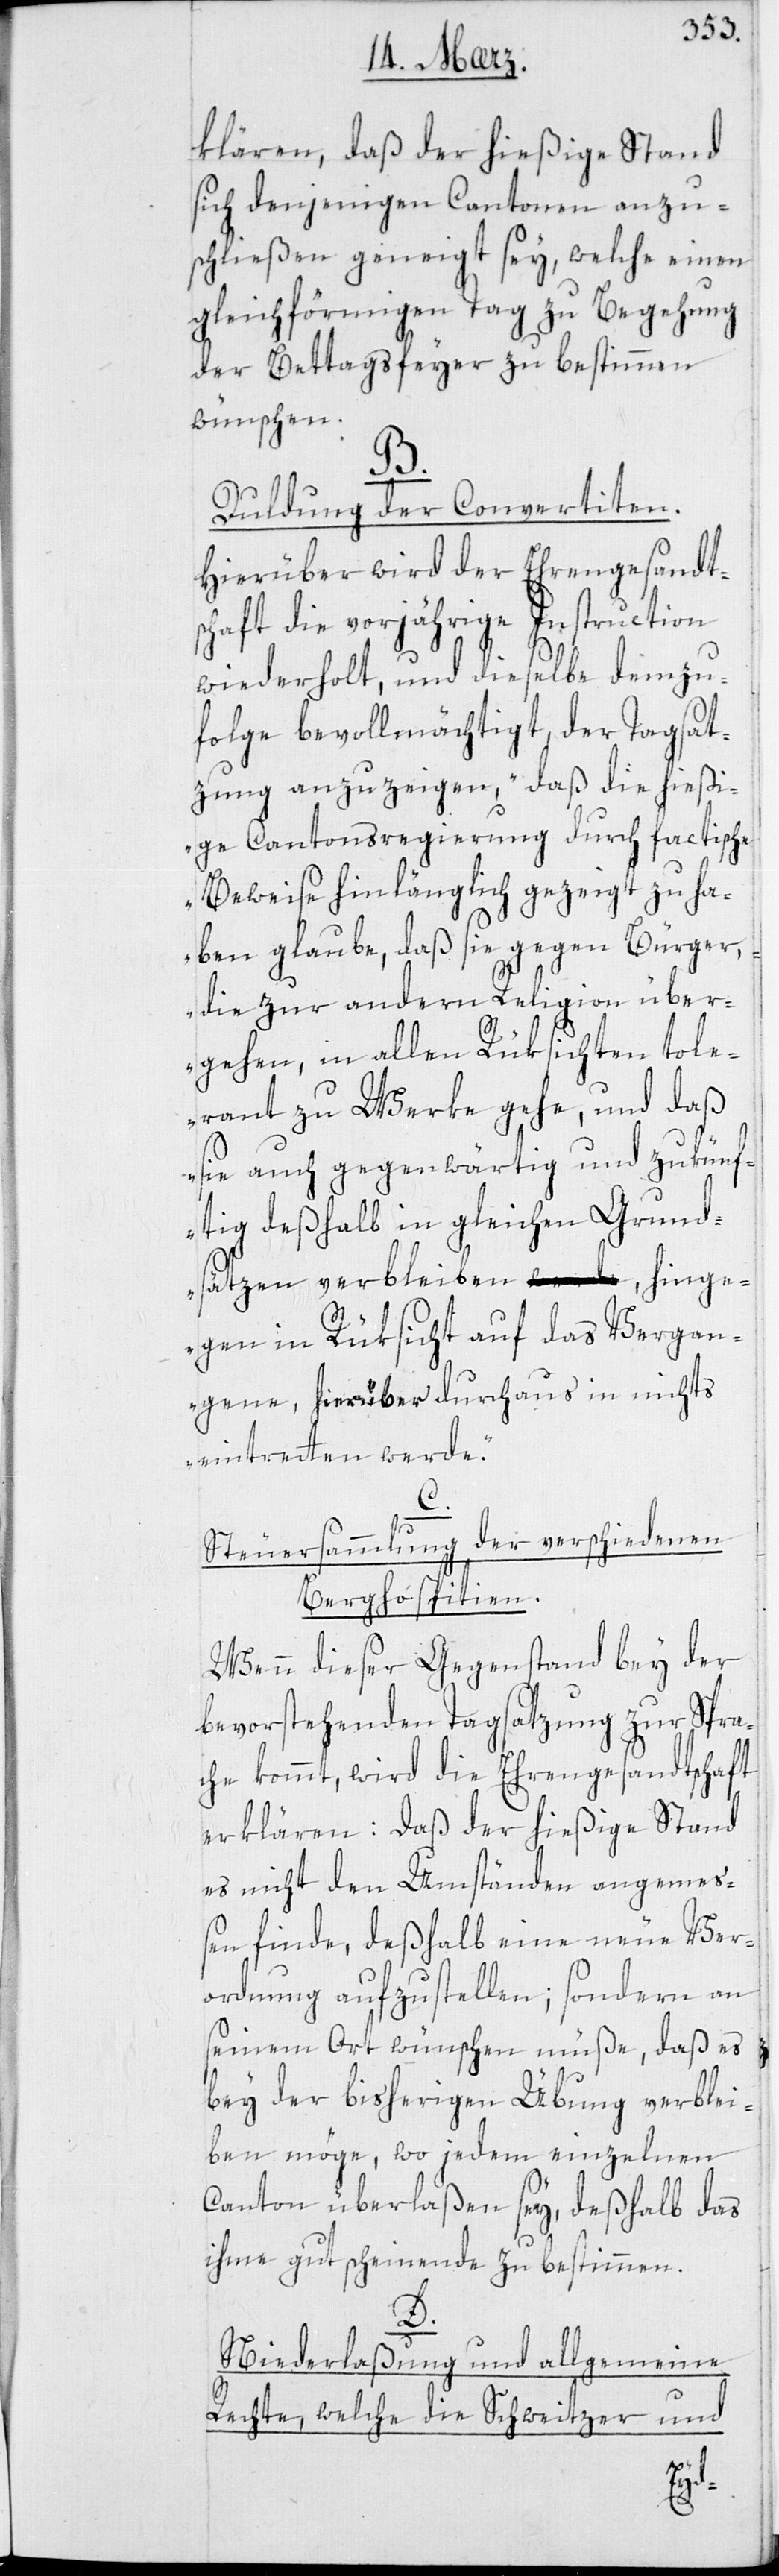
klären, daß der hießige Stand
sich denjenigen Cantonen anzu¬
schließen geneigt sey, welche einen
gleichförmigen Tag zu Begehung
der Bettagsfeyer zu bestimmen
wünschen.
B.
Duldung der Convertiten.
Hierüber wird der Ehrengesandt¬
schaft die vorjährige Instruction
wiederholt, und dieselbe demzu¬
folge bevollmächtigt, der Tagsat¬
zung anzuzeigen, „daß die hießi¬
ge Cantonsregierung durch factische
Beweise hinlänglich gezeigt zu ha¬
ben glaube, daß sie gegen Bürger,
die zur andern Religion über¬
gehen, in allen Rüksichten tole¬
rant zu Werke gehe, und daß
sie auch gegenwärtig und zukünf¬
tig deßhalb in gleichen Grund¬
sätzen verbleiben, hinge¬
gen in Rüksicht auf das Vergan¬
gene, hierüber durchaus in nichts
eintreten werde“.
C.
Steuersammlung der verschiedenen
Berghospitien.
Wenn dieser Gegenstand bey der
bevorstehenden Tagsatzung zur Spra¬
che kommt, wird die Ehrengesandtschaft
erklären: Daß der hießige Stand
es nicht den Umständen angeme¬
ßen finde, deßhalb eine neue Ver¬
ordnung aufzustellen; sondern an
seinem Ort wünschen müße, daß es
bey der bisherigen Übung verblei¬
ben möge, wo jedem einzelnen
Canton überlaßen sey, deshalb das
ihme Gutscheinende zu bestimmen.
D.
Niederlaßung und allgemeine
Rechte, welche die Schweitzer und